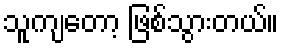
သူကျတော့ ဖြစ်သွားတယ်။